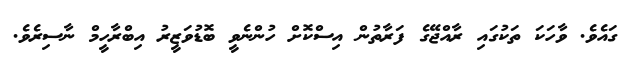
ގައެވެ. ވާހަކަ ތަކުގައި ރާއްޖޭގެ ފަރާތުން އިސްކޮށް ހުންނެވީ ބޮޑުވަޒީރު އިބްރާހީމް ނާސިރެވެ.